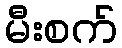
မီးစက်